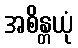
အစိန္တယုံ